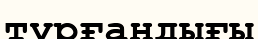
тұрғандығы